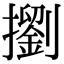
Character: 𢷶